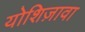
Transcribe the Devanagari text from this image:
योशिज़ावा